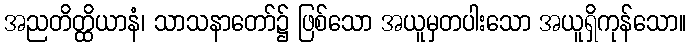
အညတိတ္ထိယာနံ၊ သာသနာတော်၌ ဖြစ်သော အယူမှတပါးသော အယူရှိကုန်သော။